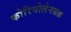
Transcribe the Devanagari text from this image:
कोरियोलेनसफ़